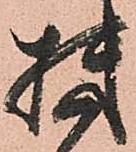
機